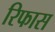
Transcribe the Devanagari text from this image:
रिफास